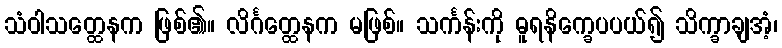
သံဝါသတ္ထေနက ဖြစ်၏။ လိင်္ဂတ္ထေနက မဖြစ်။ သင်္ကန်းကို ဓူရနိက္ခေပပယ်၍ သိက္ခာချအံ့၊